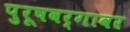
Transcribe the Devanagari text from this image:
पुरूषवर्गावर